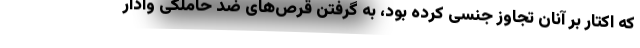
که اکتار بر آنان تجاوز جنسی کرده بود، به گرفتن قرص‌های ضد حاملگی وادار